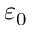
\varepsilon _ { 0 }